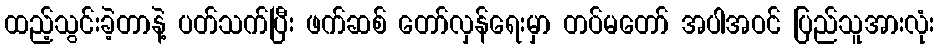
ထည့်သွင်းခဲ့တာနဲ့ ပတ်သက်ပြီး ဖက်ဆစ် တော်လှန်ရေးမှာ တပ်မတော် အပါအဝင် ပြည်သူအားလုံး